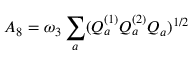
A _ { 8 } = \omega _ { 3 } \sum _ { a } ( Q _ { a } ^ { ( 1 ) } Q _ { a } ^ { ( 2 ) } Q _ { a } ) ^ { 1 / 2 }